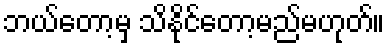
ဘယ်တော့မှ သိနိုင်တော့မည်မဟုတ်။